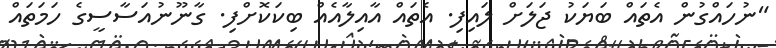
"ނުހައްގުން އެތައް ބަޔަކު ޖަލަށް ލައިފި. އެތައް އާއިލާއެއް ބިކަކޮށްފި. ގާނޫނުއަސާސީގެ ހަމަތައް